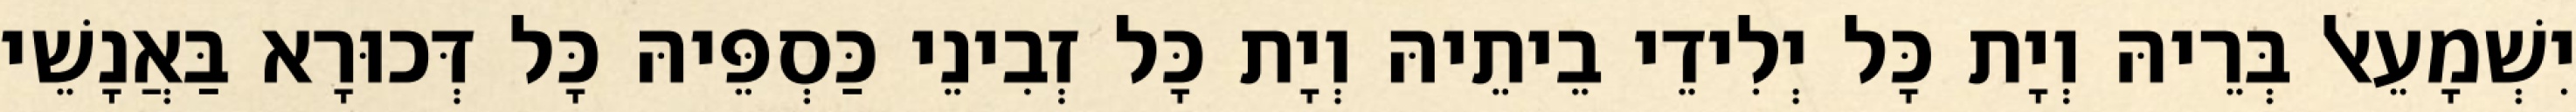
יִשְׁמָעֵאל בְּרֵיהּ וְיָת כָּל יְלִידֵי בֵיתֵיהּ וְיָת כָּל זְבִינֵי כַּסְפֵּיהּ כָּל דְּכוּרָא בַּאֲנָשֵׁי